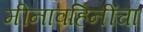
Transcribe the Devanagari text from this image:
मीनावहिनींचा